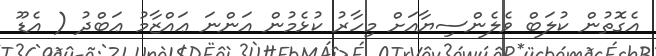
އެގޮތުން ކުލަބް ވެލެންސިޔާއަށް މިހާރު ކުޅެމުން އަންނަ ޢައްޒާމު ޢަބްދު ( އެޑޫ